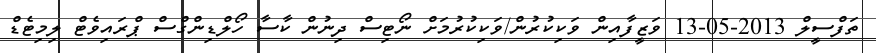
ތަފްސީލް 2013-05-13 ވަޒީފާއިން ވަކިކުރުން/ވަކިކުރުމަށް ނޯޓިސް ދިނުން ކާސާ ހޯލްޑިންގްސް ޕްރައިވެޓް ލިމިޓެޑް